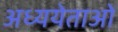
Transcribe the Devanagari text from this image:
अध्ययेताओं